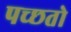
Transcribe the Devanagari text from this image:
पच्छतो